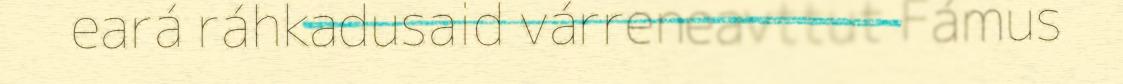
eará ráhkadusaid várreneavttut Fámus